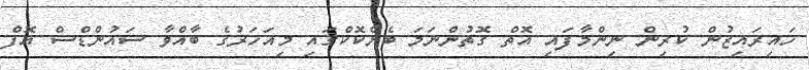
ހައިރައިޒުން ކުރިން ނިންމާފައި އޮތް ގޮތުންނަމަ ބެންކޮކްގައި މިއަހަރުގެ ބާއްވާ ސައުންޑްސް އޮފް